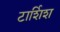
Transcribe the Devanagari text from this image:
टार्शिश